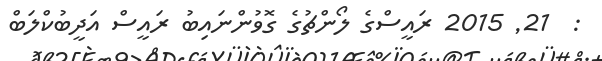
:  21